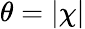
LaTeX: \theta=|\chi|